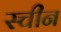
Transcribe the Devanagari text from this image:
स्चीन